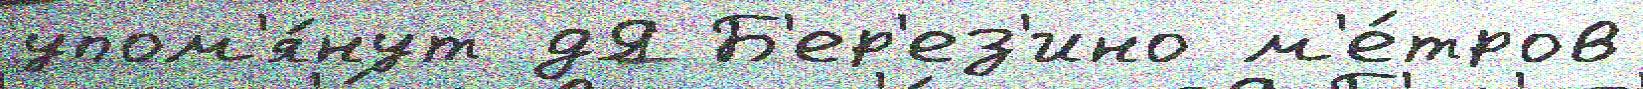
упом'я́нут дЯ Б'ер'ез'ино м'е́тров